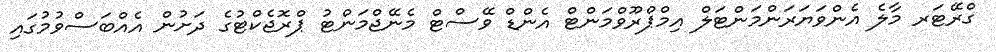
ގްރޭޓަރ މާލެ އެންވަޔަރަންމަންޓަލް އިމްޕްރޫވްމަންޓް އެންޑް ވޭސްޓް މެނޭޖްމަންޓު ޕްރޮޖެކްޓުގެ ދަށުން އެއްބަސްވުމުގައި